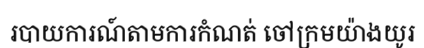
របាយការណ៍តាមការកំណត់ ចៅក្រមយ៉ាងយូរ